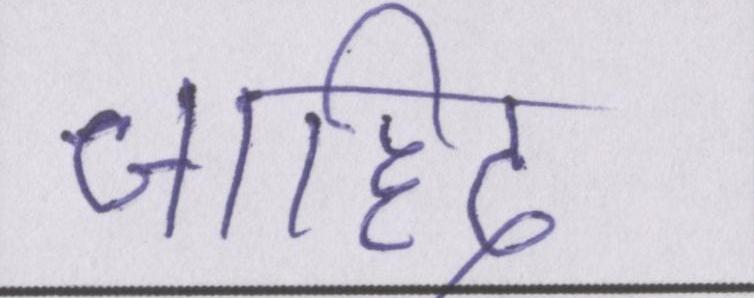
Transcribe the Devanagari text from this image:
जाहिद